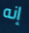
إنه